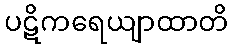
ပဋိကရေယျာထာတိ